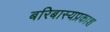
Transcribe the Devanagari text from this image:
बरिबास्यप्रकाश